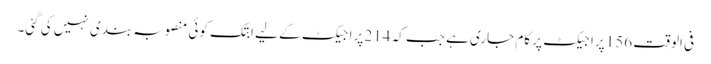
فی الوقت 156 پراجیکٹ پر کام جاری ہے جب کہ 214 پراجیکٹ کے لیے ابتک کوئی منصوبہ بندی نہیں کی گئی۔